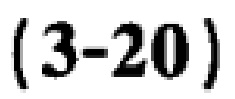
\((3 - 20)\)